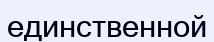
единственной